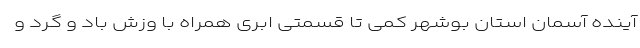
آینده آسمان استان بوشهر کمی تا قسمتی ابری همراه با وزش باد و گرد و